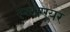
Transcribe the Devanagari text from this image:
स्व्सएयर